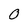
Character: 0